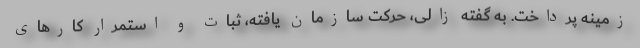
زمینه پرداخت. به گفته زالی، حرکت سازمان یافته، ثبات و استمرار کارهای